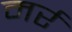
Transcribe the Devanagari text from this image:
मर्र